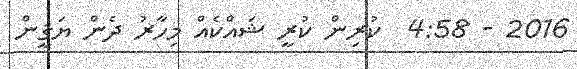
2016 - 4:58  ކުރިން ކުރީ ޝައްކެއް މިހާރު ދެން ޔަޤީން